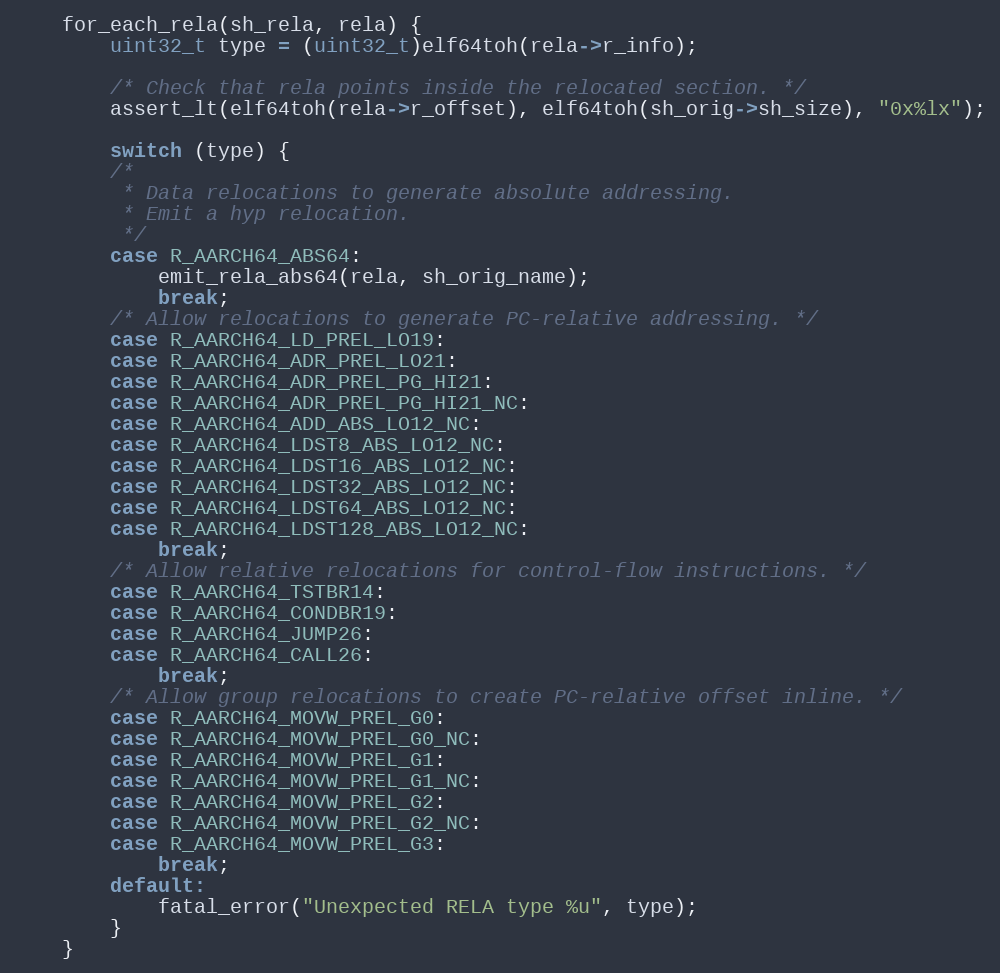
Language: C
	for_each_rela(sh_rela, rela) {
		uint32_t type = (uint32_t)elf64toh(rela->r_info);

		/* Check that rela points inside the relocated section. */
		assert_lt(elf64toh(rela->r_offset), elf64toh(sh_orig->sh_size), "0x%lx");

		switch (type) {
		/*
		 * Data relocations to generate absolute addressing.
		 * Emit a hyp relocation.
		 */
		case R_AARCH64_ABS64:
			emit_rela_abs64(rela, sh_orig_name);
			break;
		/* Allow relocations to generate PC-relative addressing. */
		case R_AARCH64_LD_PREL_LO19:
		case R_AARCH64_ADR_PREL_LO21:
		case R_AARCH64_ADR_PREL_PG_HI21:
		case R_AARCH64_ADR_PREL_PG_HI21_NC:
		case R_AARCH64_ADD_ABS_LO12_NC:
		case R_AARCH64_LDST8_ABS_LO12_NC:
		case R_AARCH64_LDST16_ABS_LO12_NC:
		case R_AARCH64_LDST32_ABS_LO12_NC:
		case R_AARCH64_LDST64_ABS_LO12_NC:
		case R_AARCH64_LDST128_ABS_LO12_NC:
			break;
		/* Allow relative relocations for control-flow instructions. */
		case R_AARCH64_TSTBR14:
		case R_AARCH64_CONDBR19:
		case R_AARCH64_JUMP26:
		case R_AARCH64_CALL26:
			break;
		/* Allow group relocations to create PC-relative offset inline. */
		case R_AARCH64_MOVW_PREL_G0:
		case R_AARCH64_MOVW_PREL_G0_NC:
		case R_AARCH64_MOVW_PREL_G1:
		case R_AARCH64_MOVW_PREL_G1_NC:
		case R_AARCH64_MOVW_PREL_G2:
		case R_AARCH64_MOVW_PREL_G2_NC:
		case R_AARCH64_MOVW_PREL_G3:
			break;
		default:
			fatal_error("Unexpected RELA type %u", type);
		}
	}